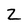
Character: Z